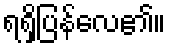
ရရှိပြန်လေ၏။